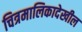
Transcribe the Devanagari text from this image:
चित्रमालिकादेखील